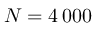
N = 4 \, 0 0 0